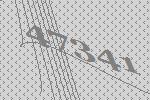
47341